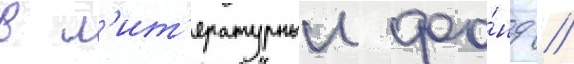
в л'ит'ературныи фо́нд //